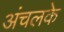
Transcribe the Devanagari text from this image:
अंचलके